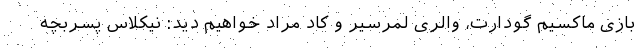
بازی ماکسیم گودارت، والری لمرسیر و کاد مراد خواهیم دید: نیکلاس پسربچه